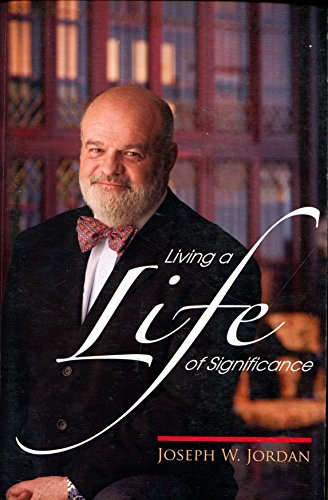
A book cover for Living a Life of Significance; Joseph W Jordan; Business & Money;